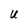
Character: U